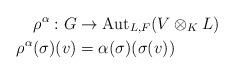
LaTeX: \begin{align*} \rho^\alpha:G &\rightarrow \mathrm{Aut}_{L,F}(V\otimes_K L) \\ \rho^\alpha(\sigma)(v) &= \alpha(\sigma)(\sigma(v))\end{align*}